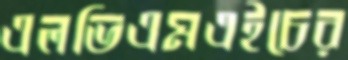
এলভিএমএইচের